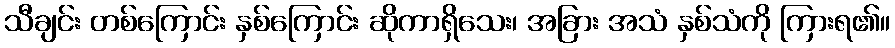
သီချင်း တစ်ကြောင်း နှစ်ကြောင်း ဆိုကာရှိသေး၊ အခြား အသံ နှစ်သံကို ကြားရ၏။